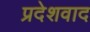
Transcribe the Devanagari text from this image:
प्रदेशवाद